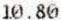
10.80